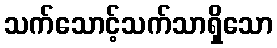
သက်သောင့်သက်သာရှိသော